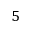
5